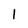
Character: l